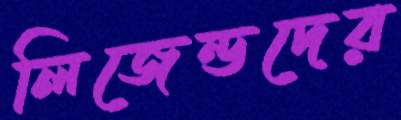
লিজেন্ডদের